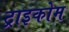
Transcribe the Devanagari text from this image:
ट्राइकोम